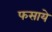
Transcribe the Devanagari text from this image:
फसाये